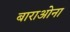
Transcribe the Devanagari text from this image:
बाराओना